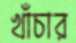
খাঁচার